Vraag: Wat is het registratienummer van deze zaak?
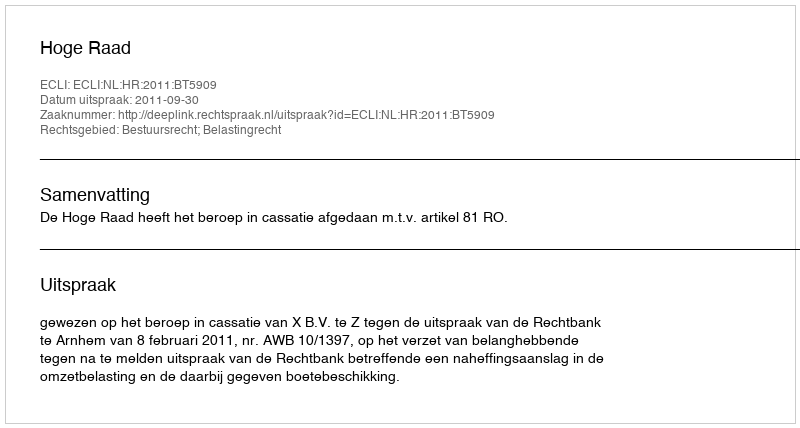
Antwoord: http://deeplink.rechtspraak.nl/uitspraak?id=ECLI:NL:HR:2011:BT5909